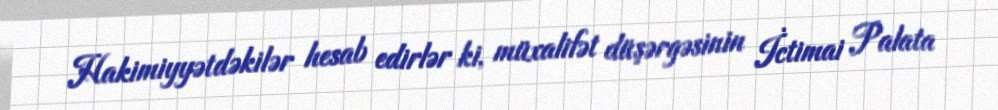
Hakimiyyətdəkilər hesab edirlər ki, müxalifət düşərgəsinin İctimai Palata